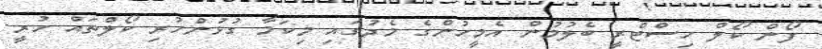
ފޯން ކޯލް ހިސްޓްރީ ބެލުމުން އެމީހުންގެ މެދުގައި މިކަމާ ގުޅުންހުރި ކޯލްތައް ހުރީ